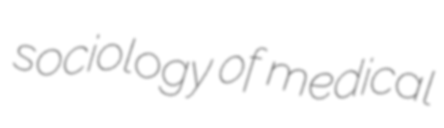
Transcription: sociology of medical